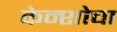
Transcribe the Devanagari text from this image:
केन्शोचा